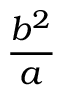
\frac { b ^ { 2 } } { a }